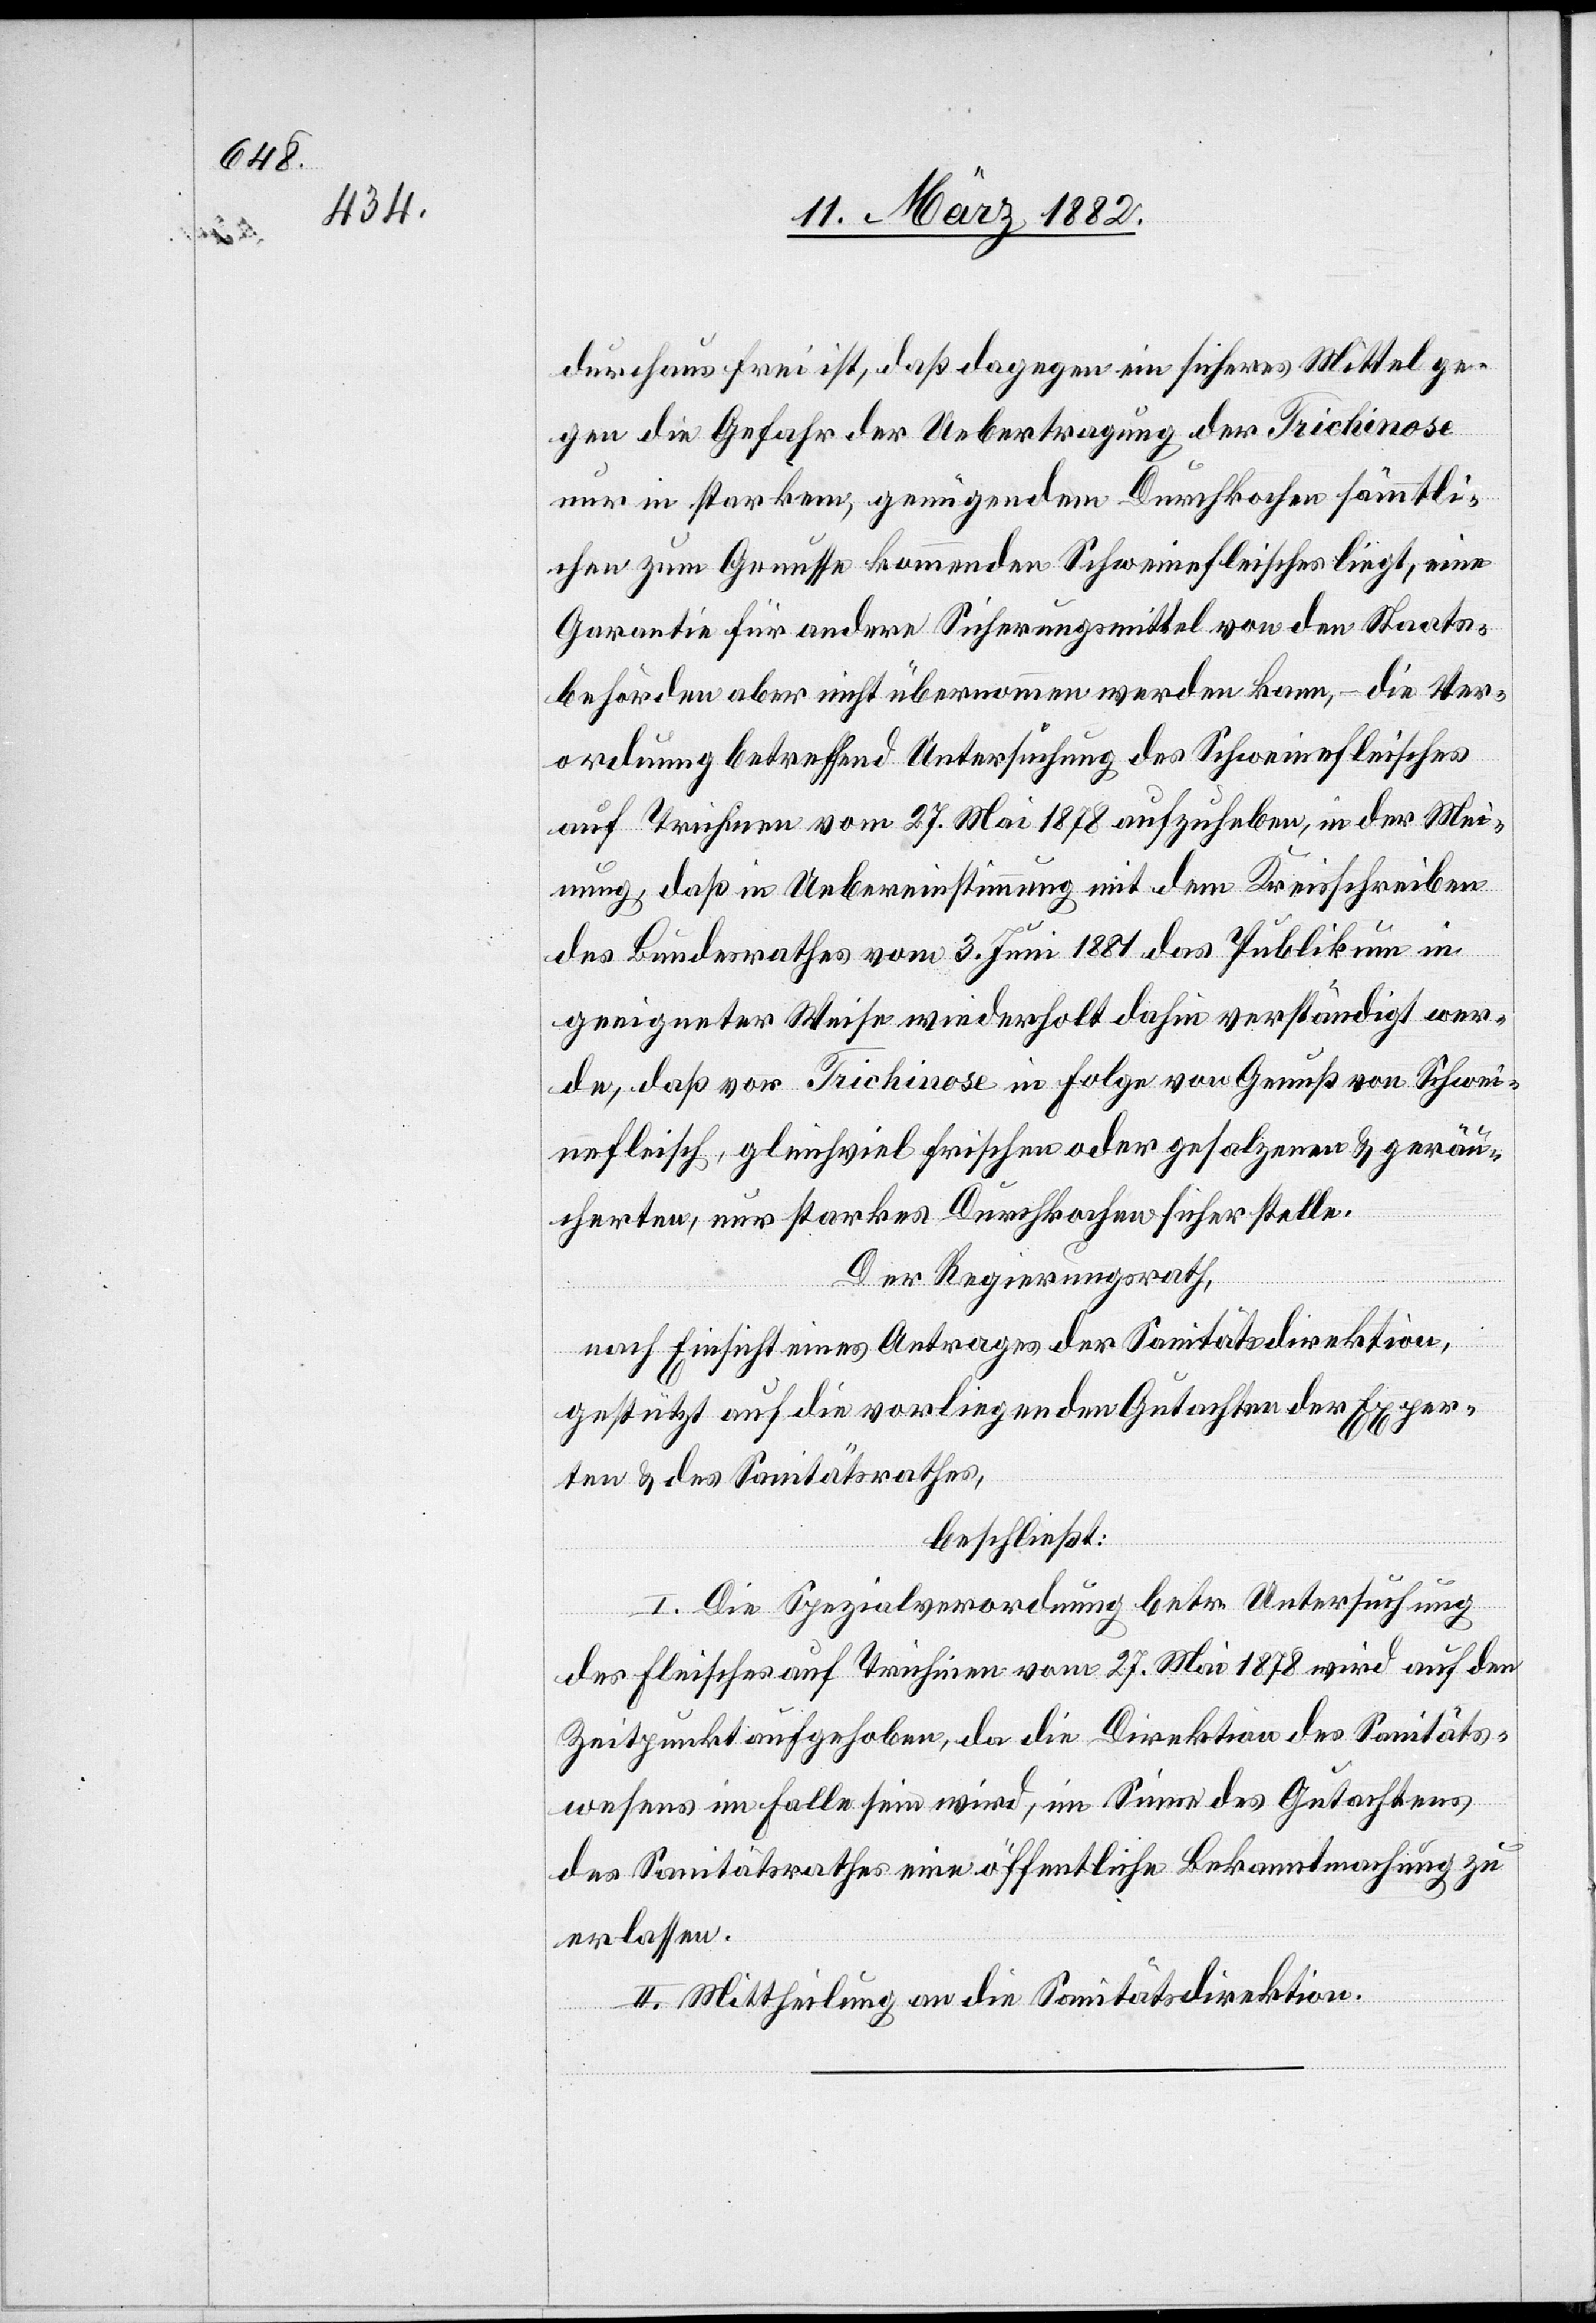
durchaus frei ist, daß dagegen ein sicheres Mittel ge¬
gen die Gefahr der Uebertragung der Trichinose
nur in starkem, genügendem Dampfkochen sämmtli¬
che zum Genusse kommenden Schweinefleisches liegt, eine
Garantie für andere Sicherungsmittel von den Staats¬
behörden aber nicht übernommen werden kann, – die Ver¬
ordnung betreffend Untersuchung des Schweinefleisches
auf Trichinen vom 27. Mai 1878 aufzuheben, in der Mei¬
nung, daß in Uebereinstimmung mit dem Kreisschreiben
des Bundesrathes vom 3. Juni 1881 das Publikum in
geeigneter Weise wiederholt dahin verständigt wer¬
de, daß vor Trichinose in Folge von Genuß von Schwei¬
nefleisch, gleichviel frischem oder gesalzenem & geräu¬
chertem, nur starkes Dampfkochen sicher stelle.
Der Regierungsrath,
nach Einsicht eines Antrages der Sanitätsdirektion,
gestützt auf die vorliegenden Gutachten der Exper¬
ten & des Sanitätsrathes,
beschließt:
I. Die Spezialverordnung betr. Untersuchung
des Fleisches auf Trichinen vom 27. Mai 1878 wird auf den
Zeitpunkt aufgehoben, da die Direktion des Sanitäts¬
wesens im Falle sein wird, im Sinne des Gutachtens
des Sanitätsrathes eine öffentliche Bekanntmachung zu
erlassen.
II. Mittheilung an die Sanitätsdirektion.